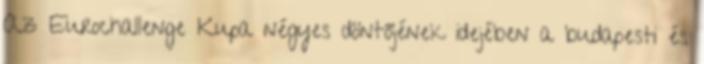
Az Eurochallenge Kupa négyes döntőjének idejében a budapesti és